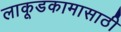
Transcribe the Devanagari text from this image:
लाकूडकामासाठी